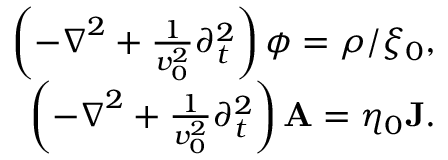
\begin{array} { r } { \left( - \boldsymbol { \nabla } ^ { 2 } + \frac { 1 } { v _ { 0 } ^ { 2 } } \partial _ { t } ^ { 2 } \right) \phi = \rho / \xi _ { 0 } , } \\ { \left( - \boldsymbol { \nabla } ^ { 2 } + \frac { 1 } { v _ { 0 } ^ { 2 } } \partial _ { t } ^ { 2 } \right) \mathbf { A } = \eta _ { 0 } \mathbf { J } . } \end{array}